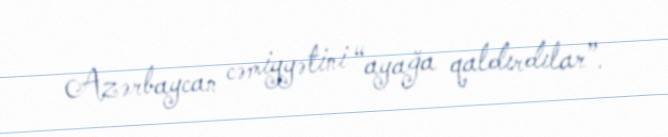
Azərbaycan cəmiyyətini “ayağa qaldırdılar”.